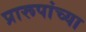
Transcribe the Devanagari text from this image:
प्रारूपांच्या